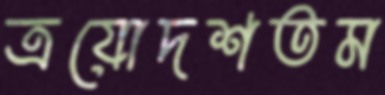
ত্রয়োদশতম